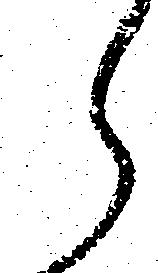
ら